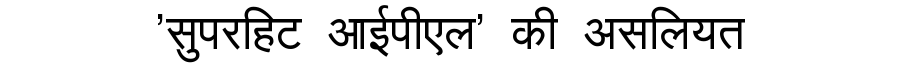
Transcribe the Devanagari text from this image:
'सुपरहिट आईपीएल' की असलियत